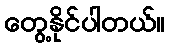
တွေ့နိုင်ပါတယ်။